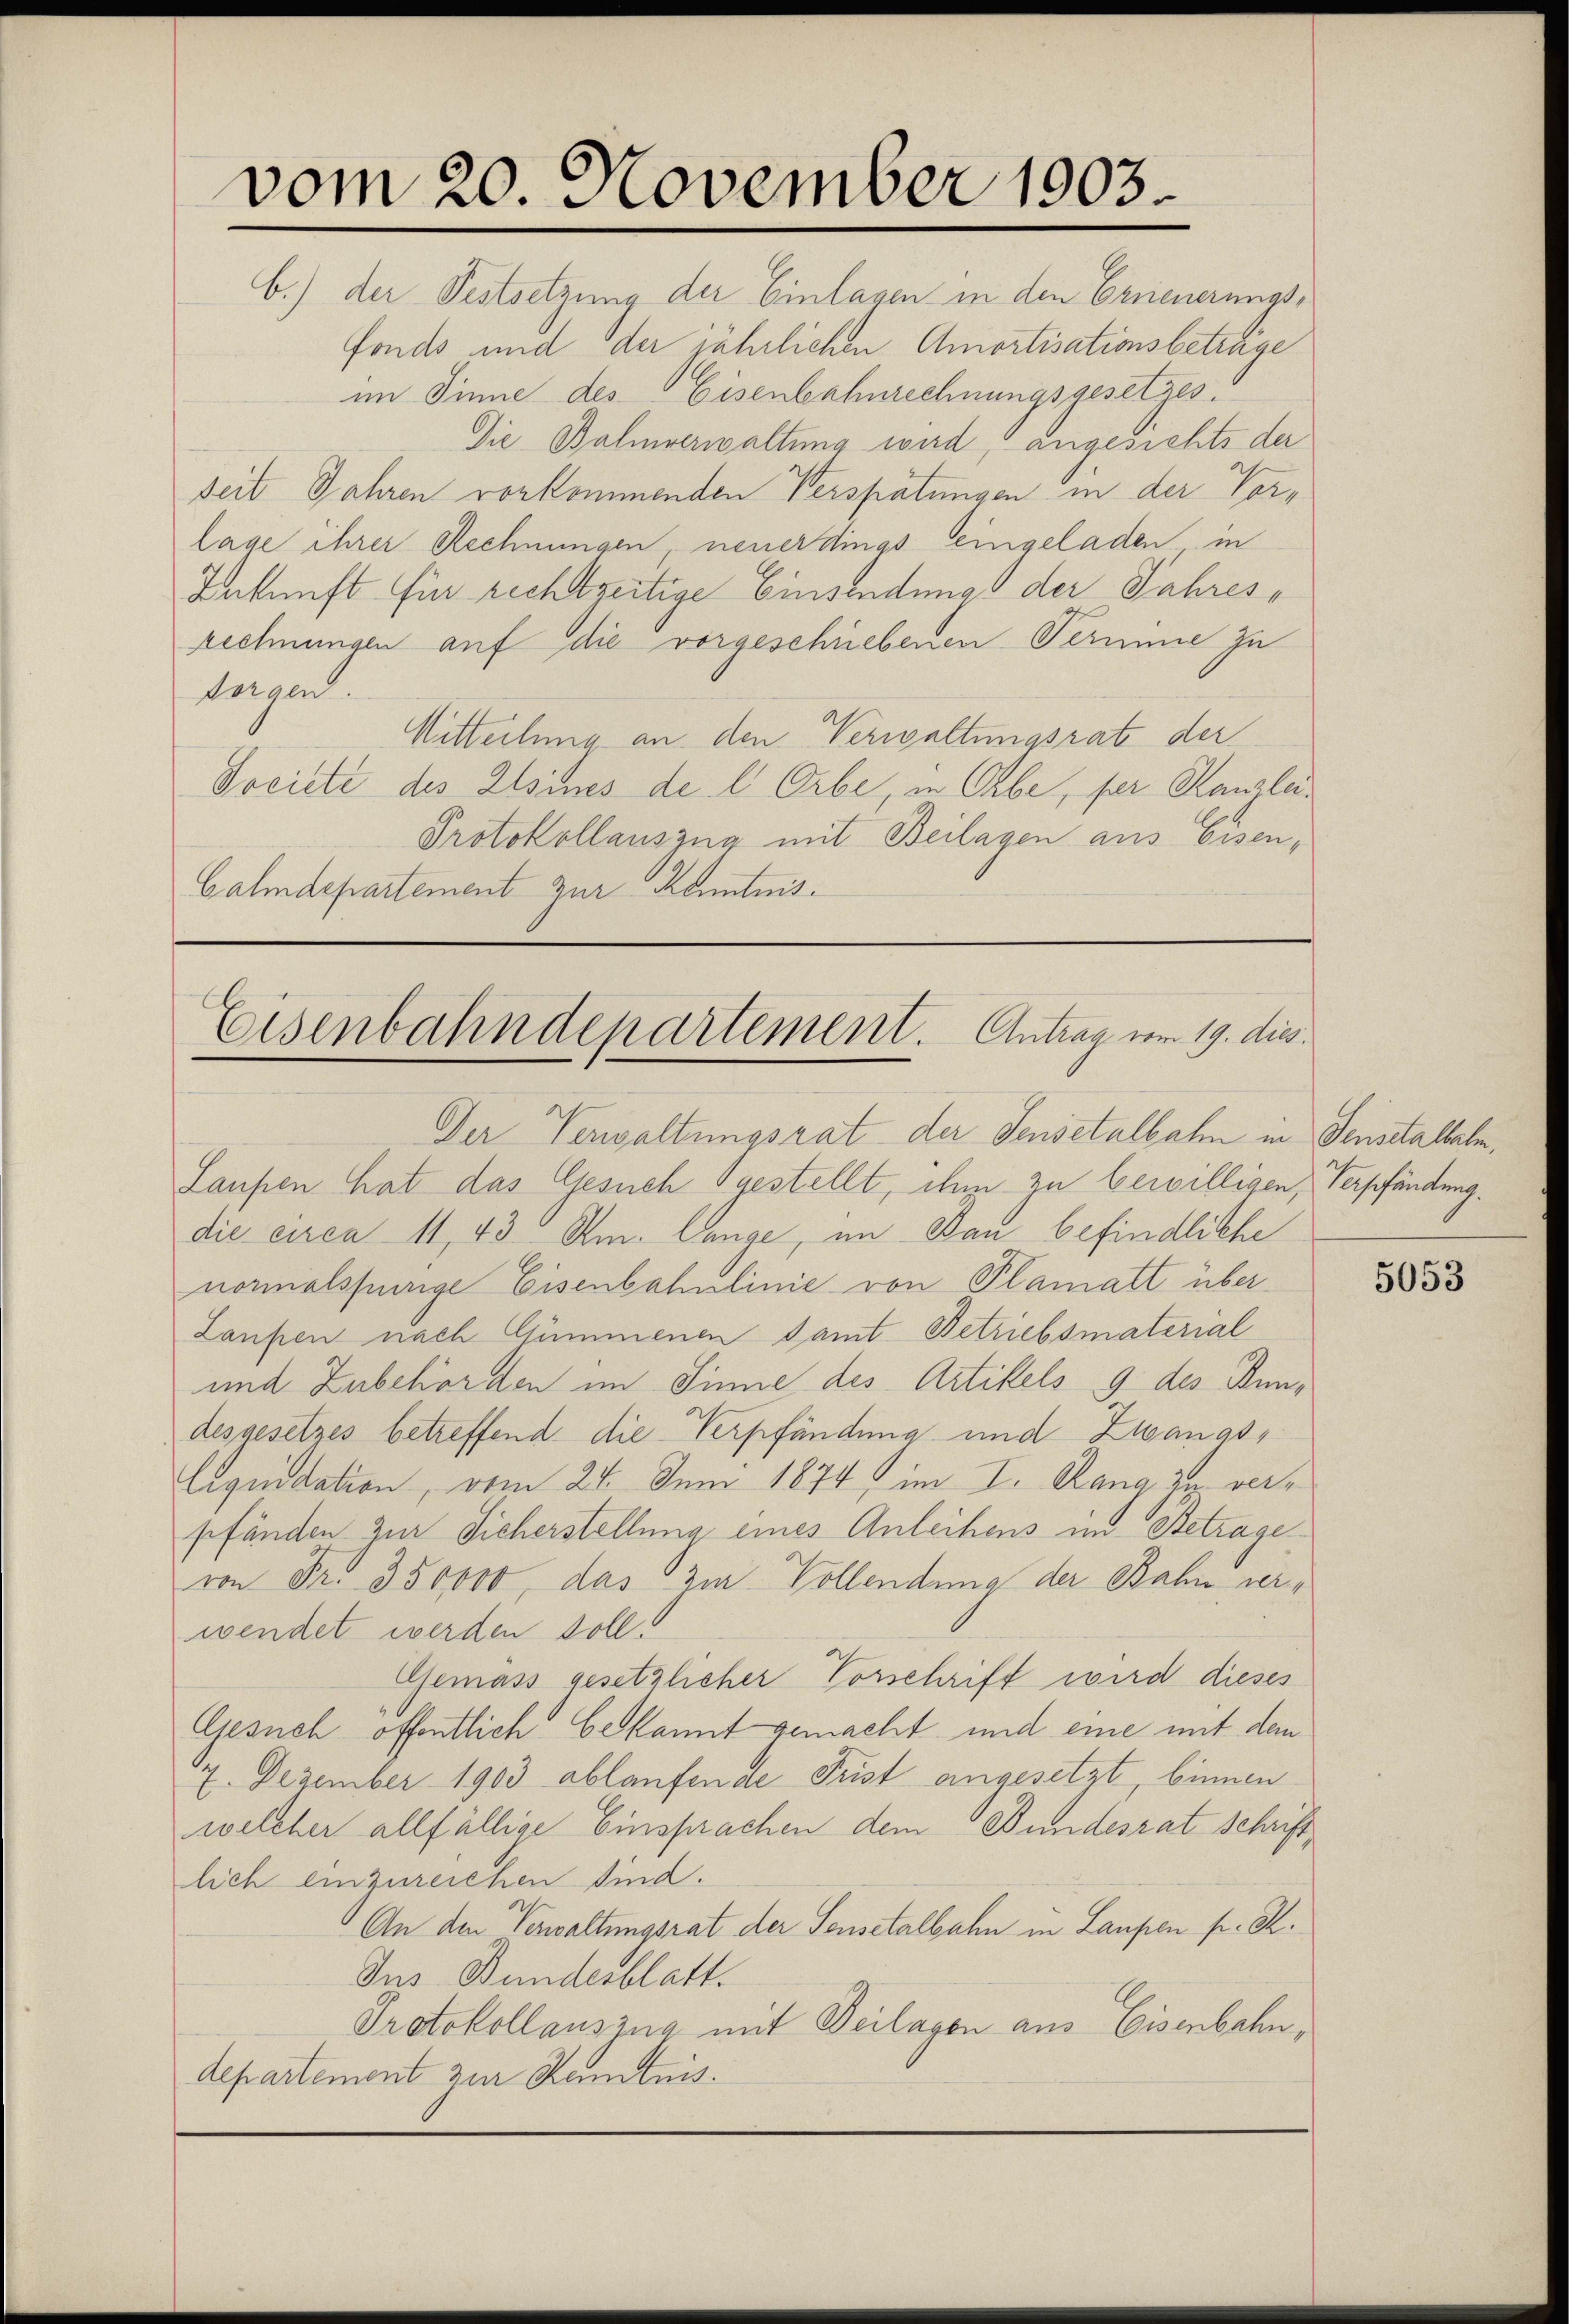
vom 20. November 1903.

b.) der Festsetzung der Einlagen in den Erneuerungsfonds und der jährlichen Amortisationsbetrage
im Sinne des Eisenbahnrechnungsgesetzes.
Die Balmverwaltung wird, angesichts der
seit Jahren vorkommenden Verspätungen in der Vorlage ihrer Rechnungen, neuerdings eingeladen in
Inkunft für rechtzeitige Einsendung der Jahres¬
Rechnungen auf die vorgeschriebenen Termine zu
sorgen.
Mitteilung an den Verwaltungsrat der
Societe des Elsines de l. Orbe, in Erbe, per Kanzlei¬
Protokollauszug mit Beilagen aus Eisen,
Galmdepartement zur Kenntnis.

Eisenbahndepartement. Antrag vom 19. dies

Der Verwaltungsrat der Sensetalbahn in Fenstaltete,
Laupen hat das Gesuch gestellt, ihm zu bewilligen, Verpfändung.
die circa 11, 43 Am. lange, im Bau befindliche
normalspurige Eisenbahnlinie von Plamatt über
Laufen nach Gümmenen Samt Betriebsmaterial
und Zubehörden im Sinne des Artikels 9 des Bundesgesetzes betreffend die Verpfändung und Zwangs¬
Liquidation, vom 24. Juni 1874 im I. Rang zu verpfänden zur Sicherstellung eines Anleihens und Stetrage
von Fr. 350000, das zur Vollendung der Bahn verwendet werden soll.
Gemäss gesetzlicher Vorschrift wird dieses
Gesuch öffentlich bekannt gemacht und eine mit dem
7. Dezember 1903 ablaufende Frist angesetzt, binnen
welcher allfällige Einsprachen dem Bundesrat schriftlich einzureichen sind.
An den Verwaltungsrat der Sensetalbahn in Laupen pr. R.
Ins Bundesblatt.
Protokollauszug mit Deilagen aus Eisenbahn,
departement zur Kenntnis.

5053